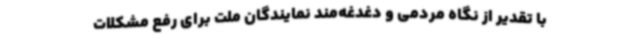
با تقدیر از نگاه مردمی و دغدغه‌مند نمایندگان ملت برای رفع مشکلات